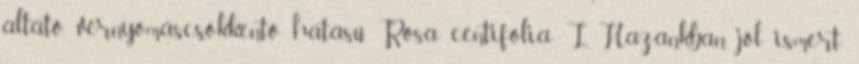
altató, vérnyomáscsökkentő hatású. Rosa centifolia L. Hazánkban jól ismert